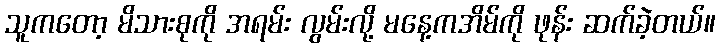
သူကတော့ မိသားစုကို အရမ်း လွမ်းလို့ မနေ့ကအိမ်ကို ဖုန်း ဆက်ခဲ့တယ်။